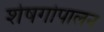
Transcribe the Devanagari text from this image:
शेषगोपालन